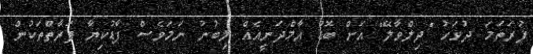
ފުރަތަމަ ދުވަހު "ދިލްވާލޭ" އަށް ބޮޑު އާމްދަނީއެއް ލިބުނު ނަމަވެސް ފާޑުކިޔާ ފަރާތްތަކުން